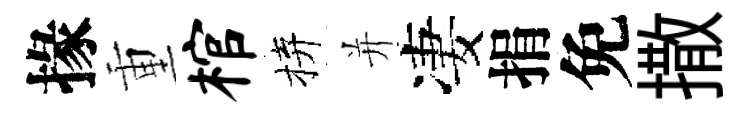
掾重棺拚并凄捐免撒